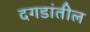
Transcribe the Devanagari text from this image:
दगडांतील